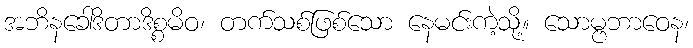
အဘိနခေါဒိတာဒိစ္စမိဝ၊ တက်သစ်ဖြစ်သော နေမင်းကဲ့သို့။ သောမ္ဗဘာဝေန၊